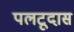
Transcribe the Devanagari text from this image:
पलटूदास